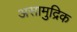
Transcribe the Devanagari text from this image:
असामुद्रिक